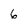
Character: 6